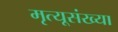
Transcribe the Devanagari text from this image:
मृत्यूसंख्या